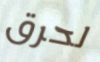
لحرق